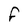
Character: F